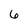
Character: 6